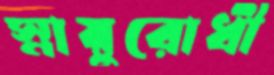
স্নায়ুরোধী